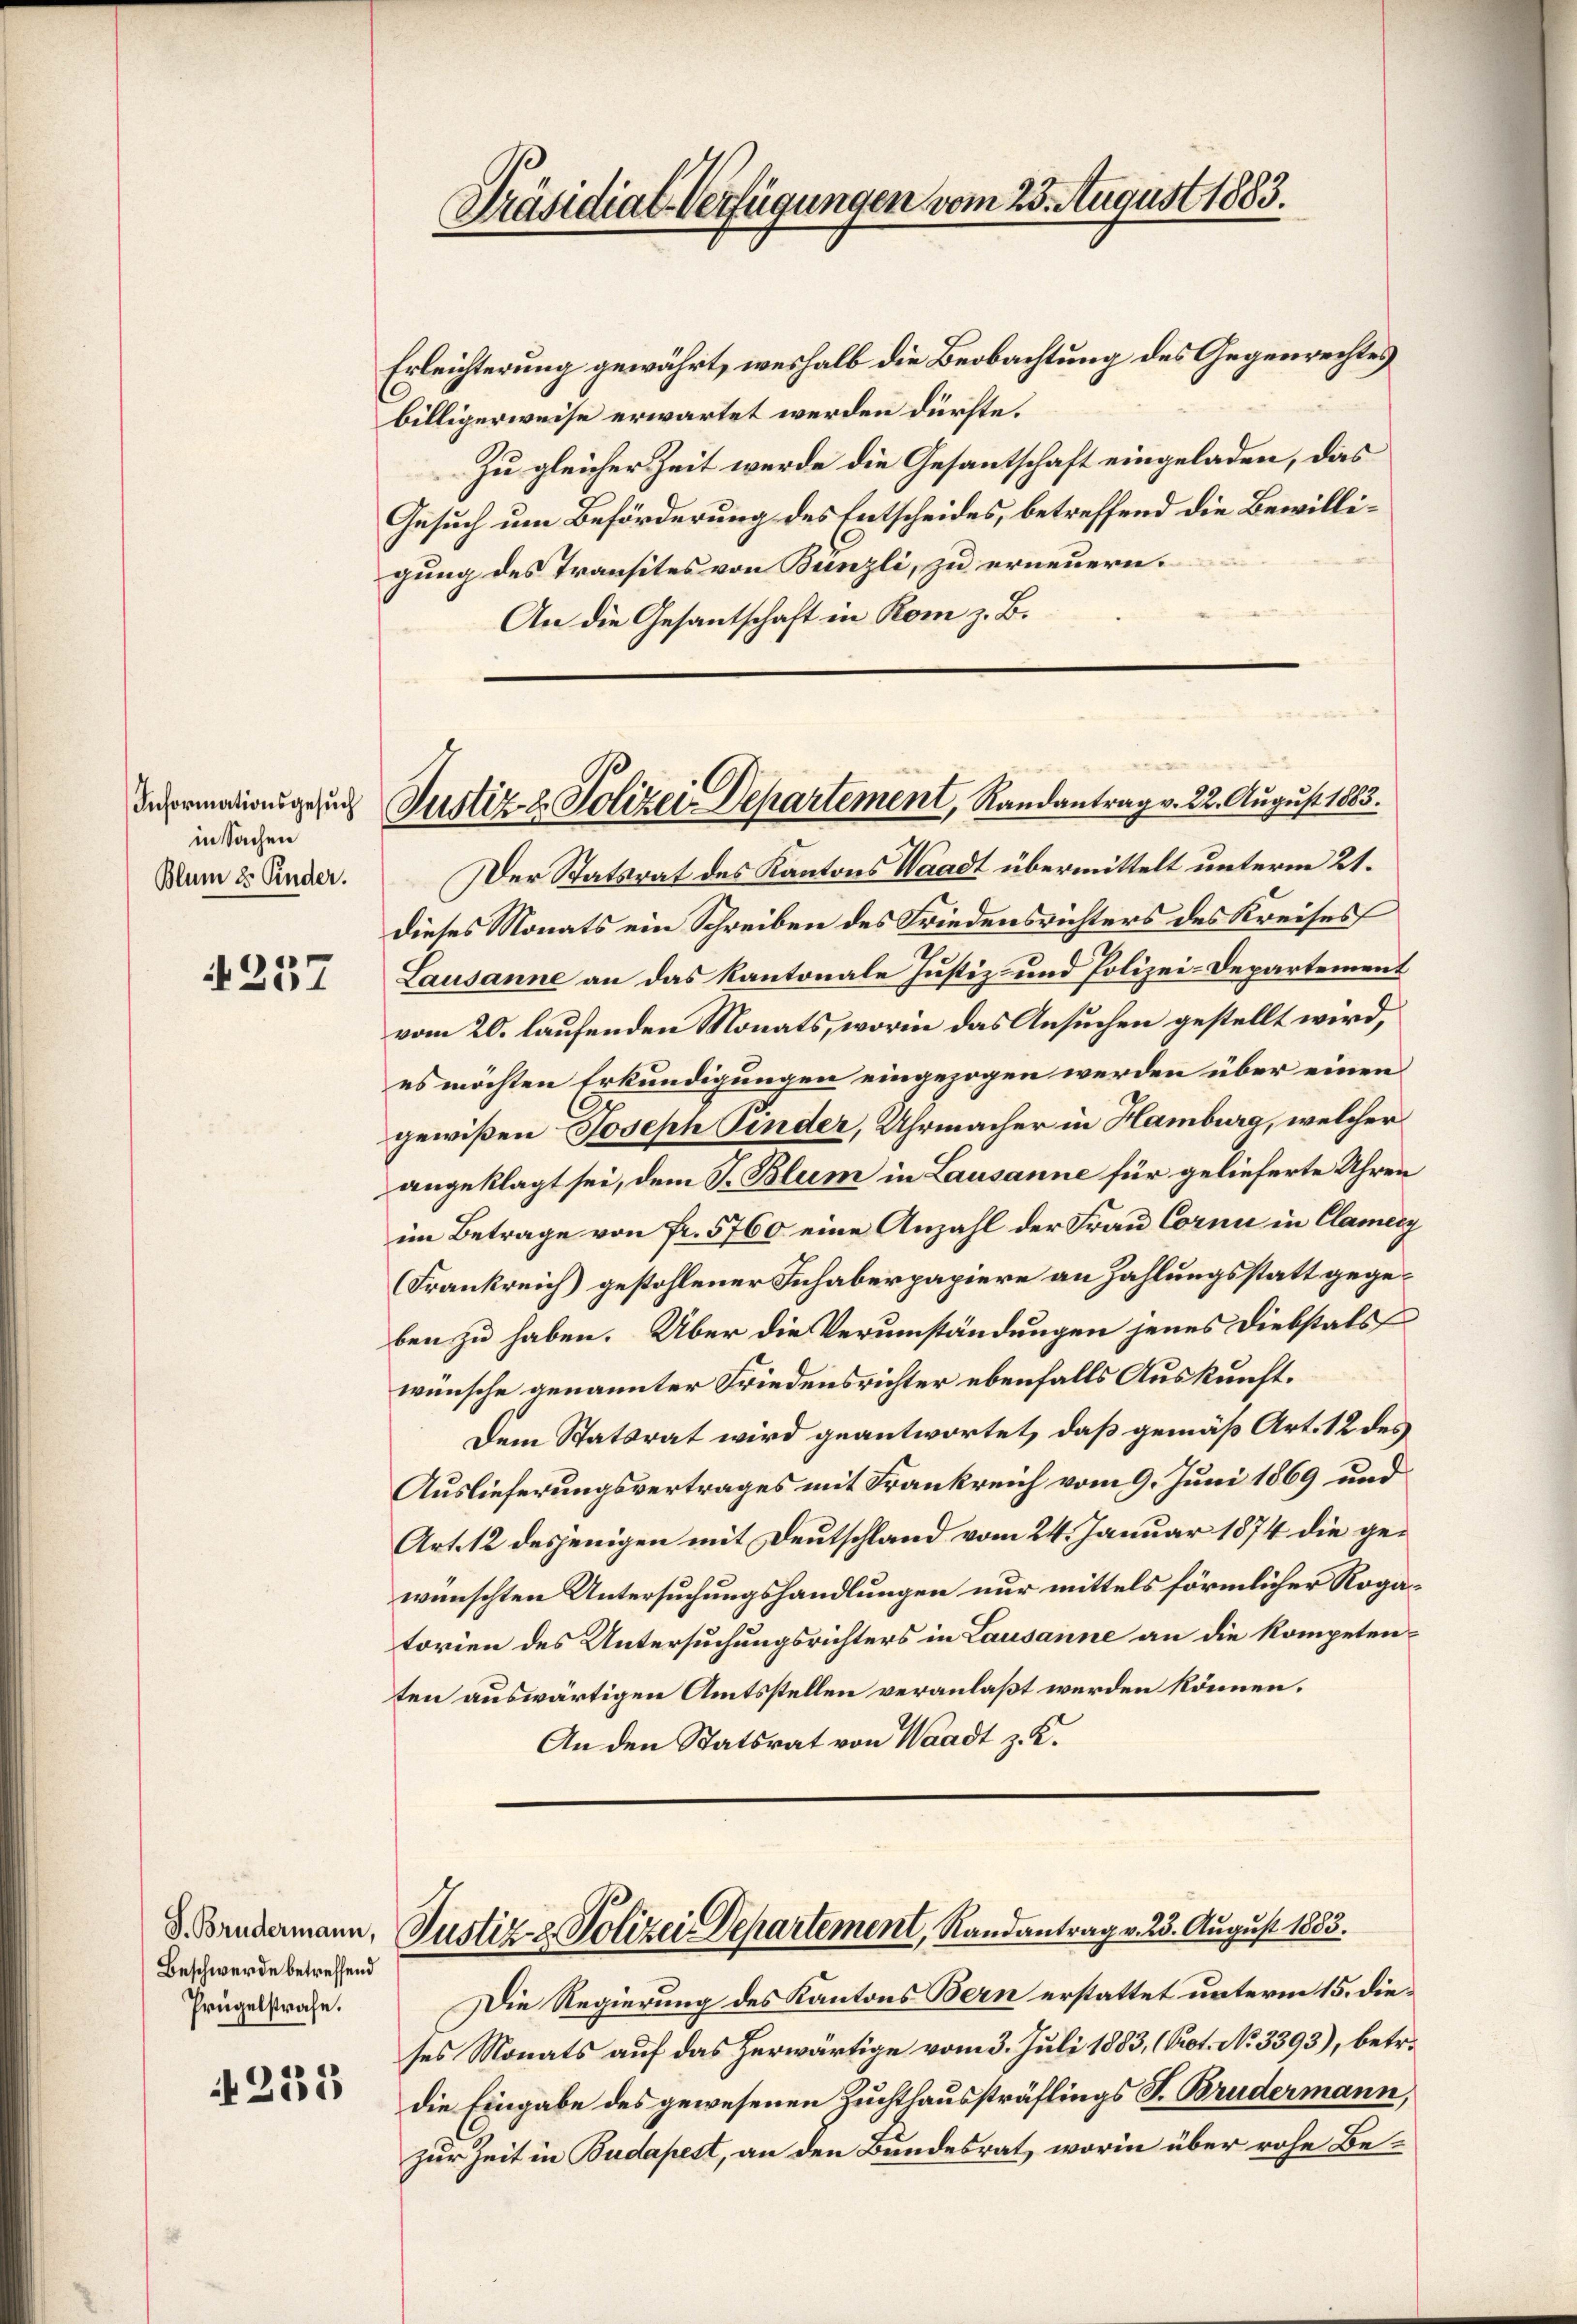
Informationsgesuch
in Sachen
Blum u. Kinder.

4257

J. Brudermann,
Beschwerde betreffend
Prügelstrafe.

2335

Präsidial-Verfügungen vom 23. August 1883.

Erleichterung gewährt, weshalb die Beobachtung des Gegenrechtes
billigerweise erwartet werden dürfte.
Zu gleicher Zeit werde die Gesantschaft eingeladen, das
Gesuch um Beförderung des Entscheides, betreffend die Bewilligung des Transites von Bünzli, zu erneuern.
An die Gesantschaft in Rom z. B.

Justiz- & Polizei Departement, Randantrag v. 22. August 1883.

Justiz- & Polizei Departement, Randantrag v. 23. August 1883.

Der Statsrat des Kantons Waadt übermittelt unterm 21.
dieses Monats ein Schreiben des Friedensrichters des Kreises
Lausanne an das Kantonale Justiz- und Polizei-Departement
vom 20. laufenden Monats, worin das Ansuchen gestellt wird,
es möchten Erkundigungen eingezogen werden über einen
gewißen Joseph Finder, Uhrmacher in Hamburg, welcher
angeklagt sei, dem J. Blum in Lausanne für gelieferte Uhren
im Betrage von fr. 5760 eine Anzahl der Frau Corni in Clamerz
(Frankreich) gestohlener Inhaberpapiere an Zahlungsstatt gegeben zu haben. Über die Verumständungen jenes Diebstals
wünsche genannter Friedensrichter ebenfalls Auskunft.
Dem Statsrat wird geantwortet, daß gemäß Art. 12 des
Auslieferungsvertrages mit Frankreich vom 9. Juni 1869 und
Art. 12 desjenigen mit Deutschland vom 24. Januar 1874 die gewünschten Untersuchungshandlungen nur mittels förmlicher Rogatorien des Untersuchungsrichters in Lausanne an die kompetenten auswärtigen Amtsstellen veranlaßt werden können.
An den Statsrat von Waadt z. K.

Die Regierung des Kantons Bern erstattet unterm 15. dieses Monats auf das herwärtige vom 3. Juli 1883, (Prot. No 3393), betr.
die Eingabe des gewesenen Zuchthaussträflings S. Brudermann,
zur Zeit in Budapest, an den Bundesrat, worin über rohe Be¬